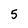
Character: 5